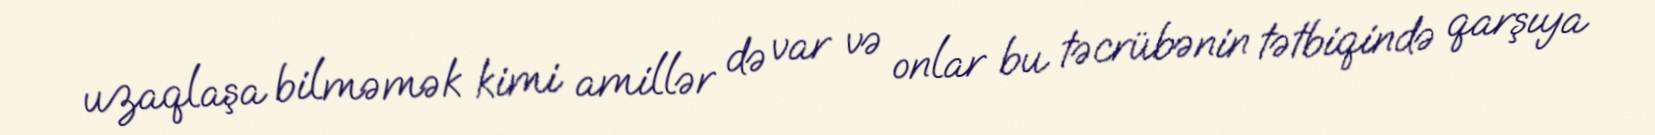
uzaqlaşa bilməmək kimi amillər də var və onlar bu təcrübənin tətbiqində qarşıya